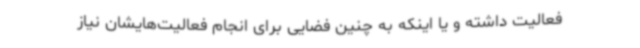
فعالیت داشته و یا اینکه به چنین فضایی برای انجام فعالیت‌هایشان نیاز